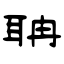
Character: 聃